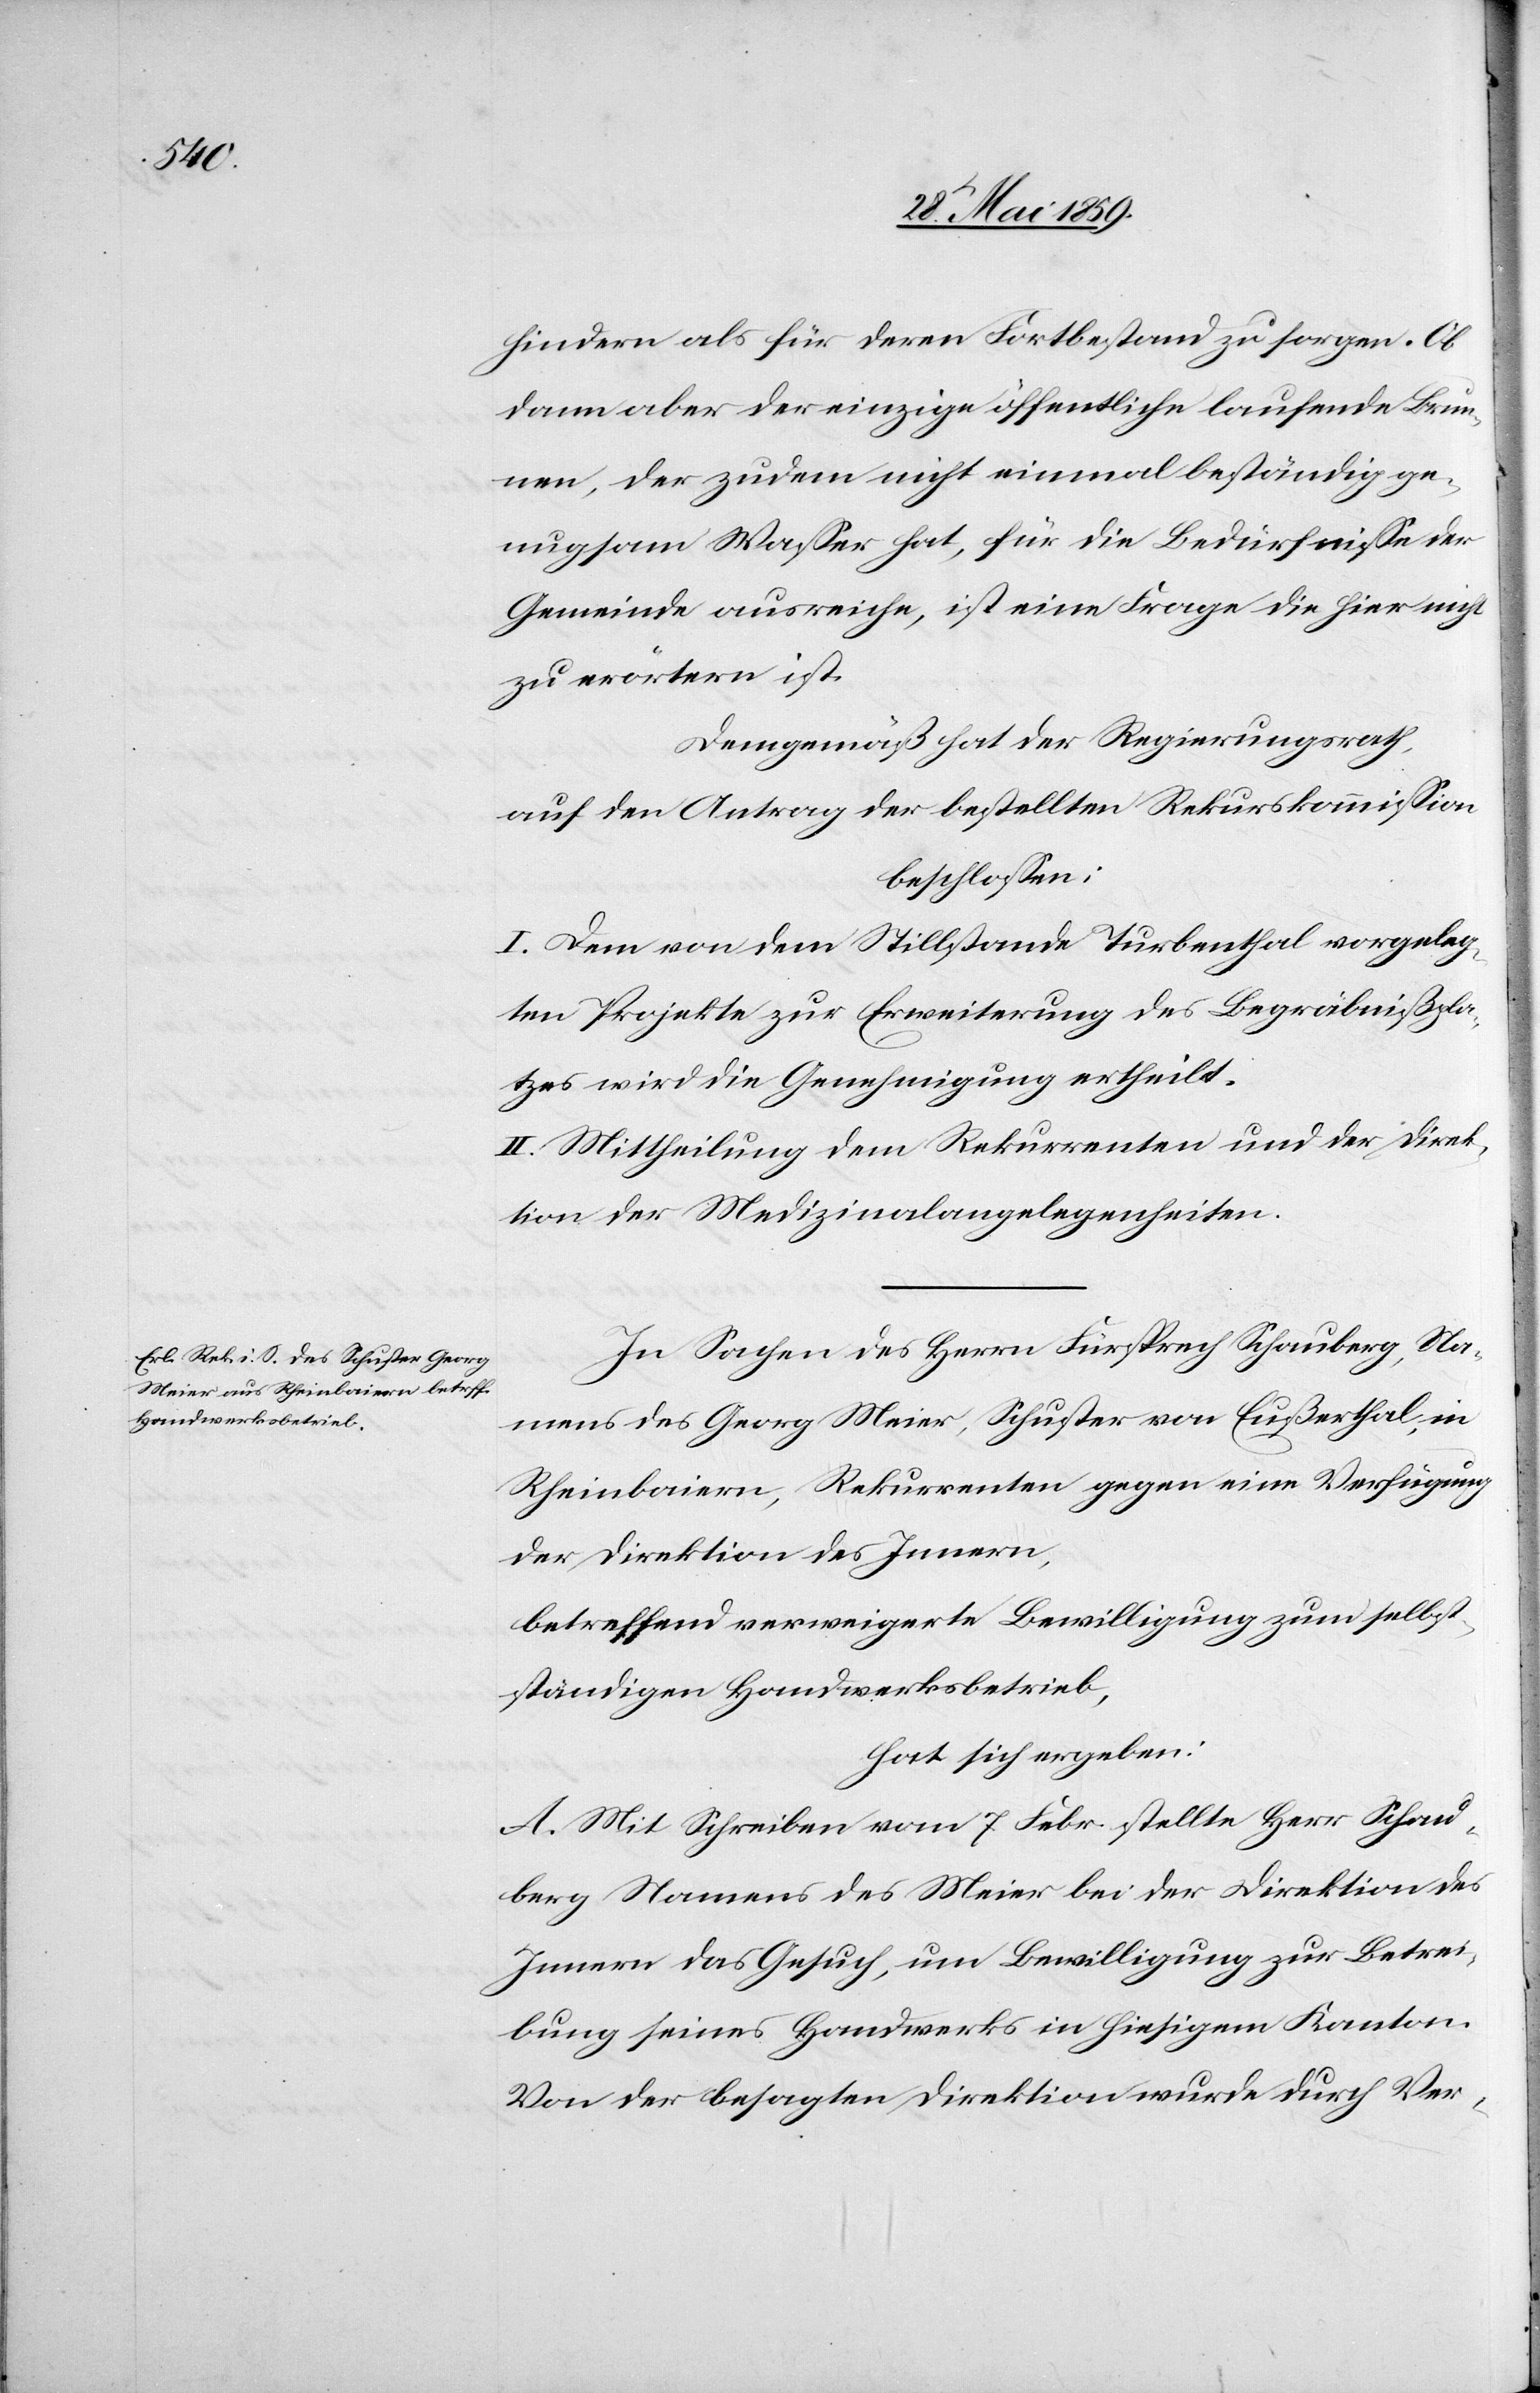
hindern als für deren Fortbestand zu sorgen. Ob
dem aber der einzige öffentliche laufende Brun¬
nen, der zudem nicht einmal beständig ge¬
nugsam Wasser hat, für die Bedürfnisse der
Gemeinde ausreiche, ist eine Frage die hier nicht
zu erörtern ist.
Demgemäß hat der Regierungsrath,
auf den Antrag der bestellten Rekurskommission
beschlossen:
I. Dem von dem Stillstande Turbenthal vorgeleg¬
ten Projekte zur Erweiterung des Begräbnißpla¬
tzes wird die Genehmigung ertheilt.
II. Mittheilung dem Rekurrenten und der Direk¬
tion der Medizinalangelegenheiten.
In Sachen des Herrn Fürsprech Schauberg, Na¬
mens des Georg Meier, Schuster von Eußerthal, in
Rheinbaiern, Rekurrenten gegen eine Verfügung
der Direktion des Innern,
betreffend verweigerte Bewilligung zum selbst¬
ständigen Handwerksbetrieb,
hat sich ergeben:
A. Mit Schreiben vom 7 Febr. stellte Herr Schau¬
berg Namens des Meier bei der Direktion des
Innern das Gesuch, um Bewilligung zur Betrei¬
bung seines Handwerks in hiesigem Kanton.
Von der besagten Direktion wurde durch Ver-